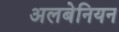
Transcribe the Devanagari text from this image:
अलबेनियन